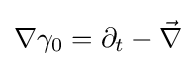
\nabla \gamma _{0}=\partial _{t}-{\vec {\nabla }}